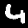
Digit: 4